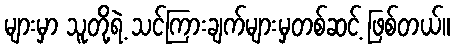
များမှာ သူတို့ရဲ့ သင်ကြားချက်များမှတစ်ဆင့် ဖြစ်တယ်။